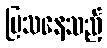
ပြသနေသည့်